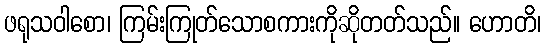
ဖရုသဝါစော၊ ကြမ်းကြုတ်သောစကားကိုဆိုတတ်သည်။ ဟောတိ၊